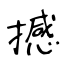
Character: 撼